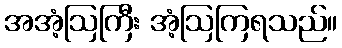
အအံ့ဩကြီး အံ့ဩကြရသည်။